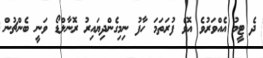
ދެ ޓީމު އެއްވަރުވެ އޮވެ ފުރަތަމަ ހާފު ނިމިގެންދިޔައިރު ރޮނާލްޑޯ ވަނީ ބެންޗުން